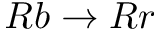
R b \rightarrow R r